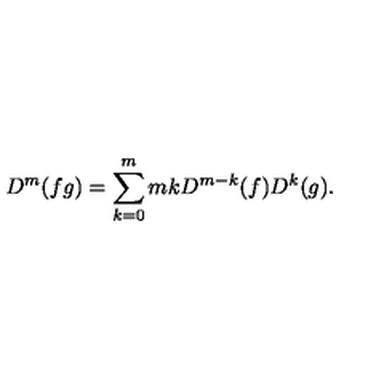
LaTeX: D ^ { m } ( f g ) = \sum _ { k = 0 } ^ { m } { \binom { m } { k } } D ^ { m - k } ( f ) D ^ { k } ( g ) .